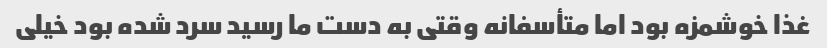
غذا خوشمزه بود اما متأسفانه وقتی به دست ما رسید سرد شده بود خیلی